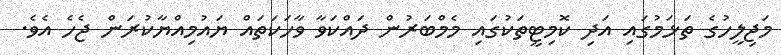
މަޖިލީހުގެ ތަޅަމުގައި އަދި ކޮމިޓީތަކުގައި މެމްބަރުން ދައްކަވާ ވާހަކަތައް ޔައުމިއްޔާކުރަން ޖެހެ އެވެ.